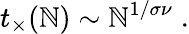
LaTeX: t_{\times}(\mathbb{N})\sim\mathbb{N}^{1/\sigma\nu}\; .